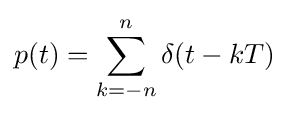
p(t)=\sum _{k=-n}^{n}\delta (t-kT)